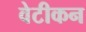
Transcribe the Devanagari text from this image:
वेटीकन